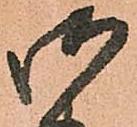
御